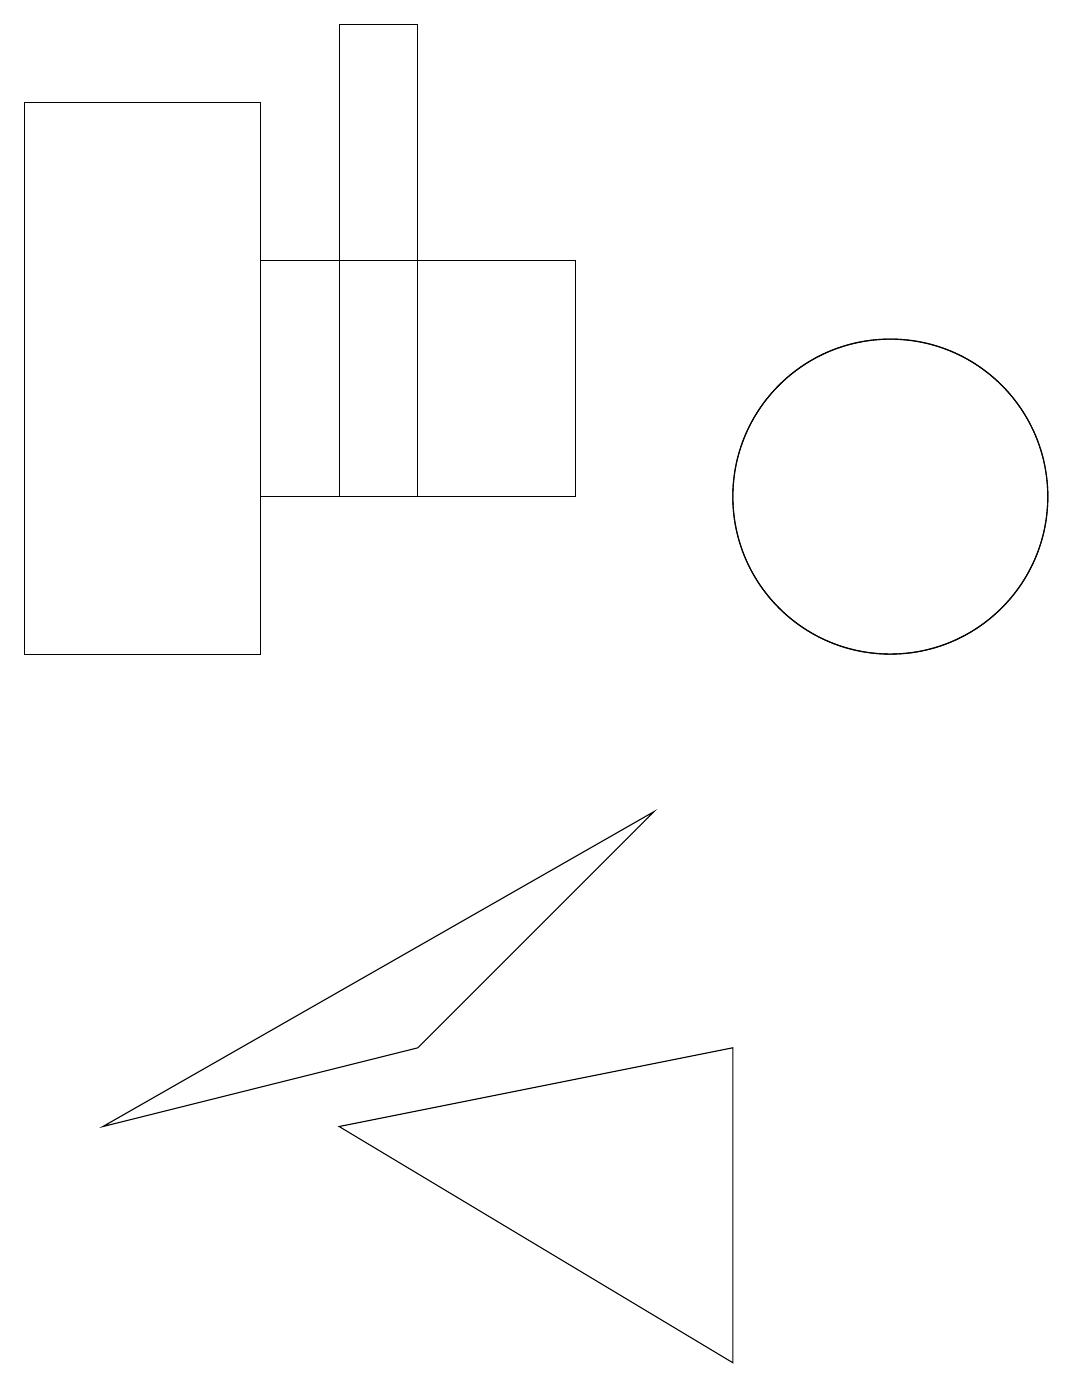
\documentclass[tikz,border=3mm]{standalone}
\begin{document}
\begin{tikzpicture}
\draw (3,17) rectangle (0,10);
\draw (7,12) rectangle (3,15);
\draw (11,12) circle (2);
\draw (4,12) rectangle (5,18);
\draw (8,8) -- (1,4) -- (5,5) -- cycle;
\draw (9,5) -- (4,4) -- (9,1) -- cycle;
\draw (11,12) circle (2);
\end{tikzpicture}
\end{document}